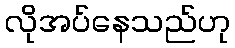
လိုအပ်နေသည်ဟု